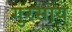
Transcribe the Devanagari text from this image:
गुरसाय